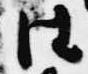
往